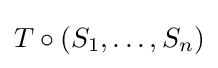
T\circ (S_{1},\ldots ,S_{n})